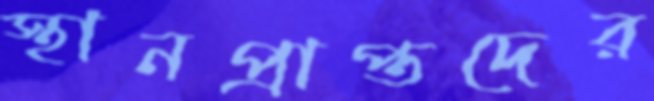
স্থানপ্রাপ্তদের